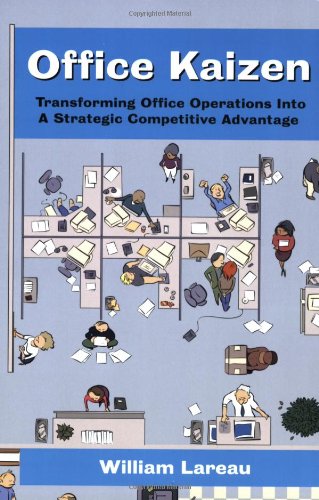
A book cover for Office Kaizen: Transforming Office Operations Into a Strategic Competitive Advantage; William Lareau; Business & Money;